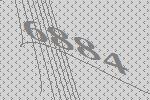
6884